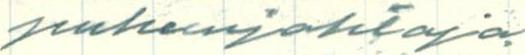
puheenjohtaja